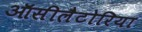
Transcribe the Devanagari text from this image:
ऑसीलैटोरिया